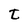
Character: t